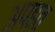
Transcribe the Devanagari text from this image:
अपहत